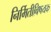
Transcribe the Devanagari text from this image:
निर्मितीविषयक